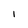
Character: l